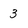
Character: 3